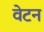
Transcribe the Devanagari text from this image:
वेटन